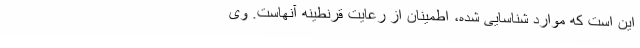
این است که موارد شناسایی شده، اطمینان از رعایت قرنطینه آنهاست. وی